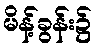
မိန့်ခွန်း၌